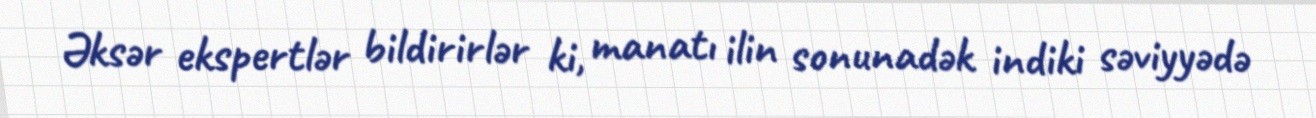
Əksər ekspertlər bildirirlər ki, manatı ilin sonunadək indiki səviyyədə